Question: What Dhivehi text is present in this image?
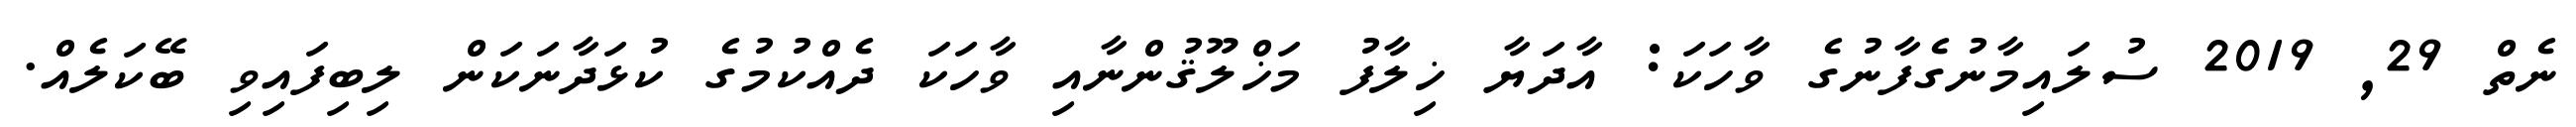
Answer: ނެތް 29, 2019 ސުލައިމާނުގެފާނުގެ ވާހަކަ: އާދަޔާ ޚިލާފު މަޚްލޫޤުންނާއި ވާހަކަ ދެއްކުމުގެ ކުޅަދާނަކަން ލިބިފައިވި ބޭކަލެއް.